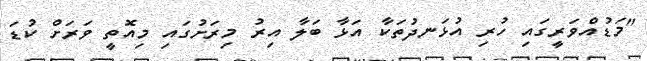
"މަޑުއްވަރީގައި ހުރި އުޅަނދުތަކާ އަޅާ ބަލާ އިރު މިރަށުގައި މިއޮތީ ވަރަށް ކުޑަ